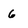
Character: 6